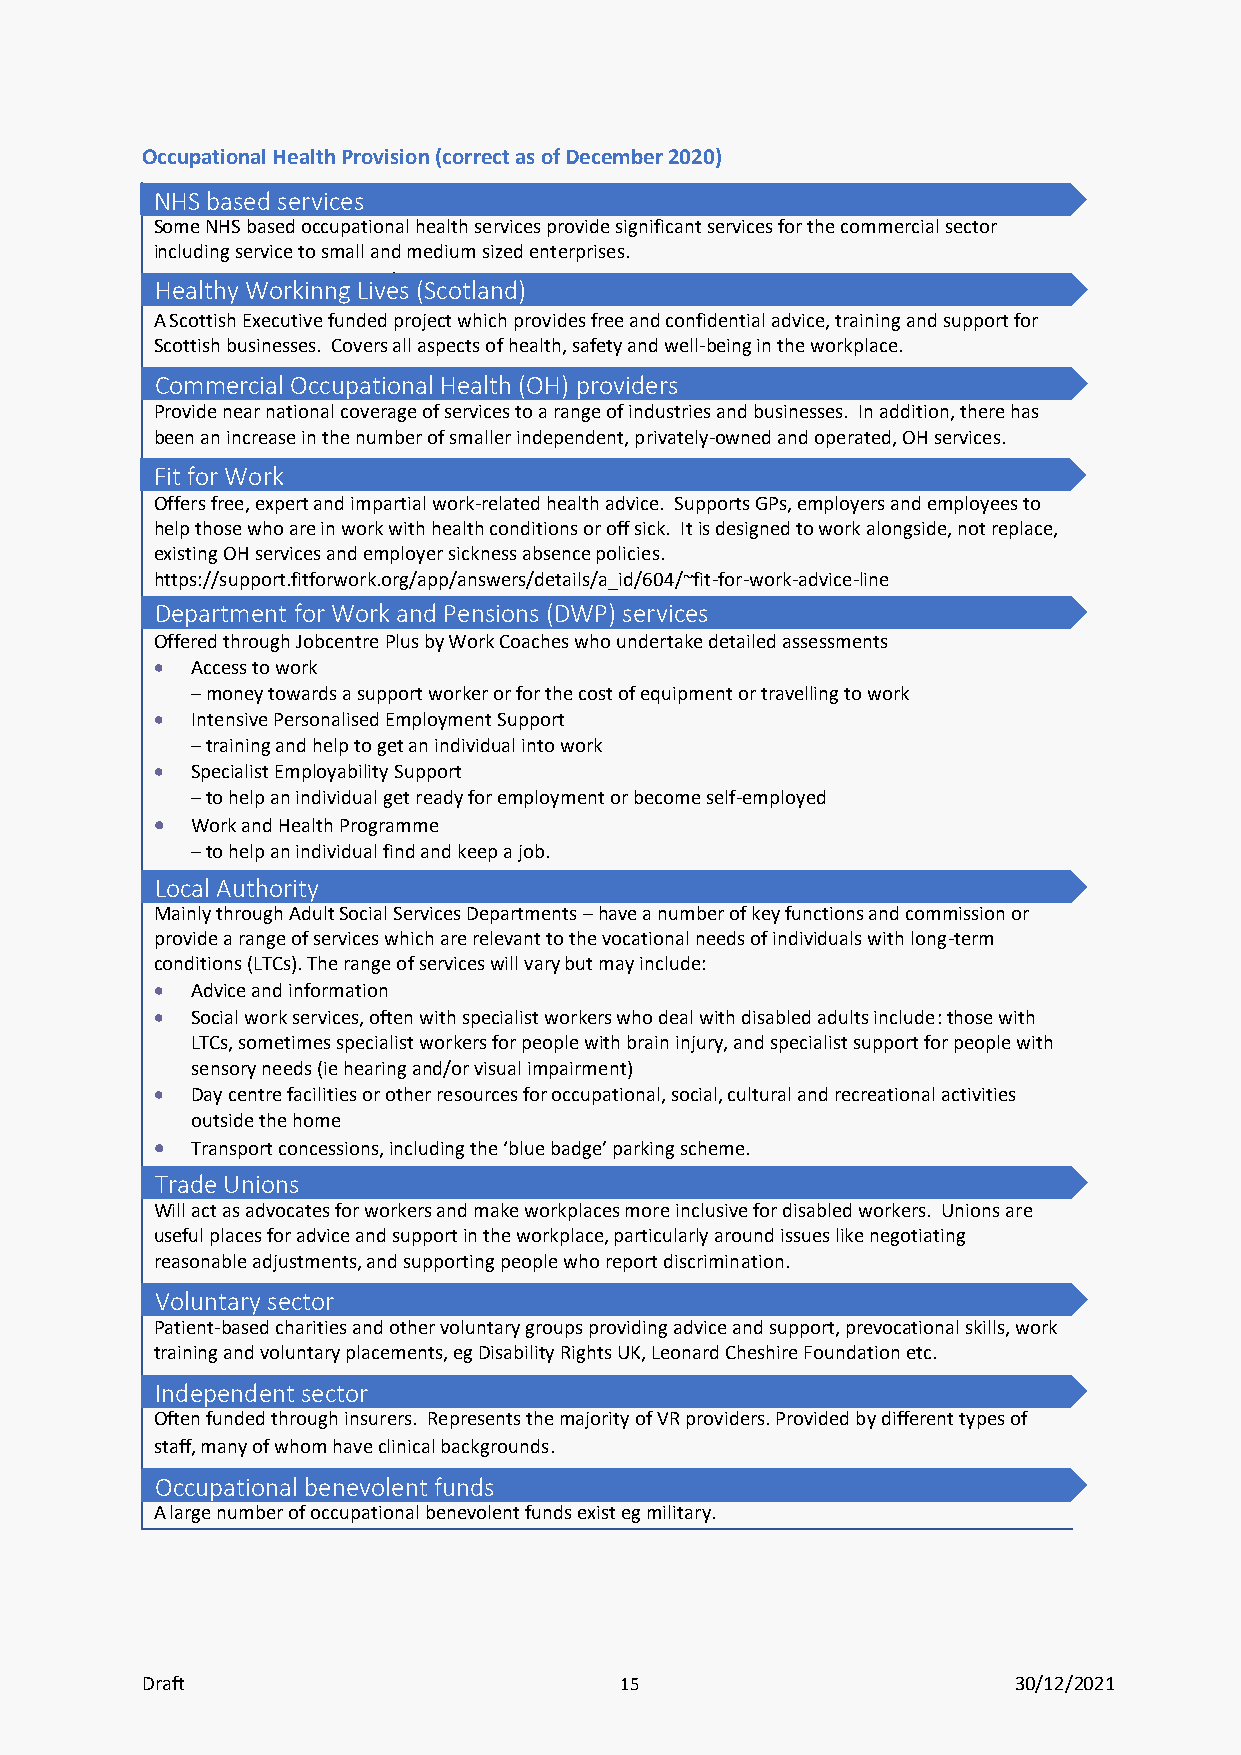
Occupational Health Provision (correct as of December 2020)
 NHS based services
 Some NHS based occupational health services provide significant services for the commercial sector
 including service to small and medium sized enterprises.
 Healthy Workinng Lives (Scotland)
 A Scottish Executive funded project which provides free and confidential advice, training and support for
 Scottish businesses. Covers all aspects of health, safety and well-being in the workplace.
 Commercial Occupational Health (OH) providers
 Provide near national coverage of services to a range of industries and businesses. In addition, there has
 been an increase in the number of smaller independent, privately-owned and operated, OH services.
 Fit for Work
 Offers free, expert and impartial work-related health advice. Supports GPs, employers and employees to
 help those who are in work with health conditions or off sick. It is designed to work alongside, not replace,
 existing OH services and employer sickness absence policies.
 https://support.fitforwork.org/app/answers/details/a_id/604/~fit-for-work-advice-line
 Department for Work and Pensions (DWP) services
 Offered through Jobcentre Plus by Work Coaches who undertake detailed assessments
 •  Access to work
 – money towards a support worker or for the cost of equipment or travelling to work
 •  Intensive Personalised Employment Support
 – training and help to get an individual into work
 •  Specialist Employability Support
 – to help an individual get ready for employment or become self-employed
 •  Work and Health Programme
 – to help an individual find and keep a job.
 Local Authority
 Mainly through Adult Social Services Departments – have a number of key functions and commission or
 provide a range of services which are relevant to the vocational needs of individuals with long-term
 conditions (LTCs). The range of services will vary but may include:
 •  Advice and information
 •  Social work services, often with specialist workers who deal with disabled adults include: those with
 LTCs, sometimes specialist workers for people with brain injury, and specialist support for people with
 sensory needs (ie hearing and/or visual impairment)
 •  Day centre facilities or other resources for occupational, social, cultural and recreational activities
 outside the home
 •  Transport concessions, including the ‘blue badge’ parking scheme.
 Trade Unions
 Will act as advocates for workers and make workplaces more inclusive for disabled workers. Unions are
 useful places for advice and support in the workplace, particularly around issues like negotiating
 reasonable adjustments, and supporting people who report discrimination.
 Voluntary sector
 Patient-based charities and other voluntary groups providing advice and support, prevocational skills, work
 training and voluntary placements, eg Disability Rights UK, Leonard Cheshire Foundation etc.
 Independent sector
 Often funded through insurers. Represents the majority of VR providers. Provided by different types of
 staff, many of whom have clinical backgrounds.
 Occupational benevolent funds
 A large number of occupational benevolent funds exist eg military.
 Draft                           15                        30/12/2021